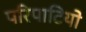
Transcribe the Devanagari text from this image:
परिपाटियो